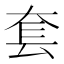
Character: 套